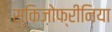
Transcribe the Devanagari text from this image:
स्किज़ोफ्रीनिया